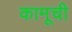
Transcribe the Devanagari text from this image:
कामूची